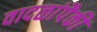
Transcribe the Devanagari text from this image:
वादळांपैकी